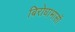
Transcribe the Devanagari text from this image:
बिरोधाभासों